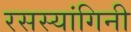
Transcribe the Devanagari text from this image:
रसस्यांगिनी